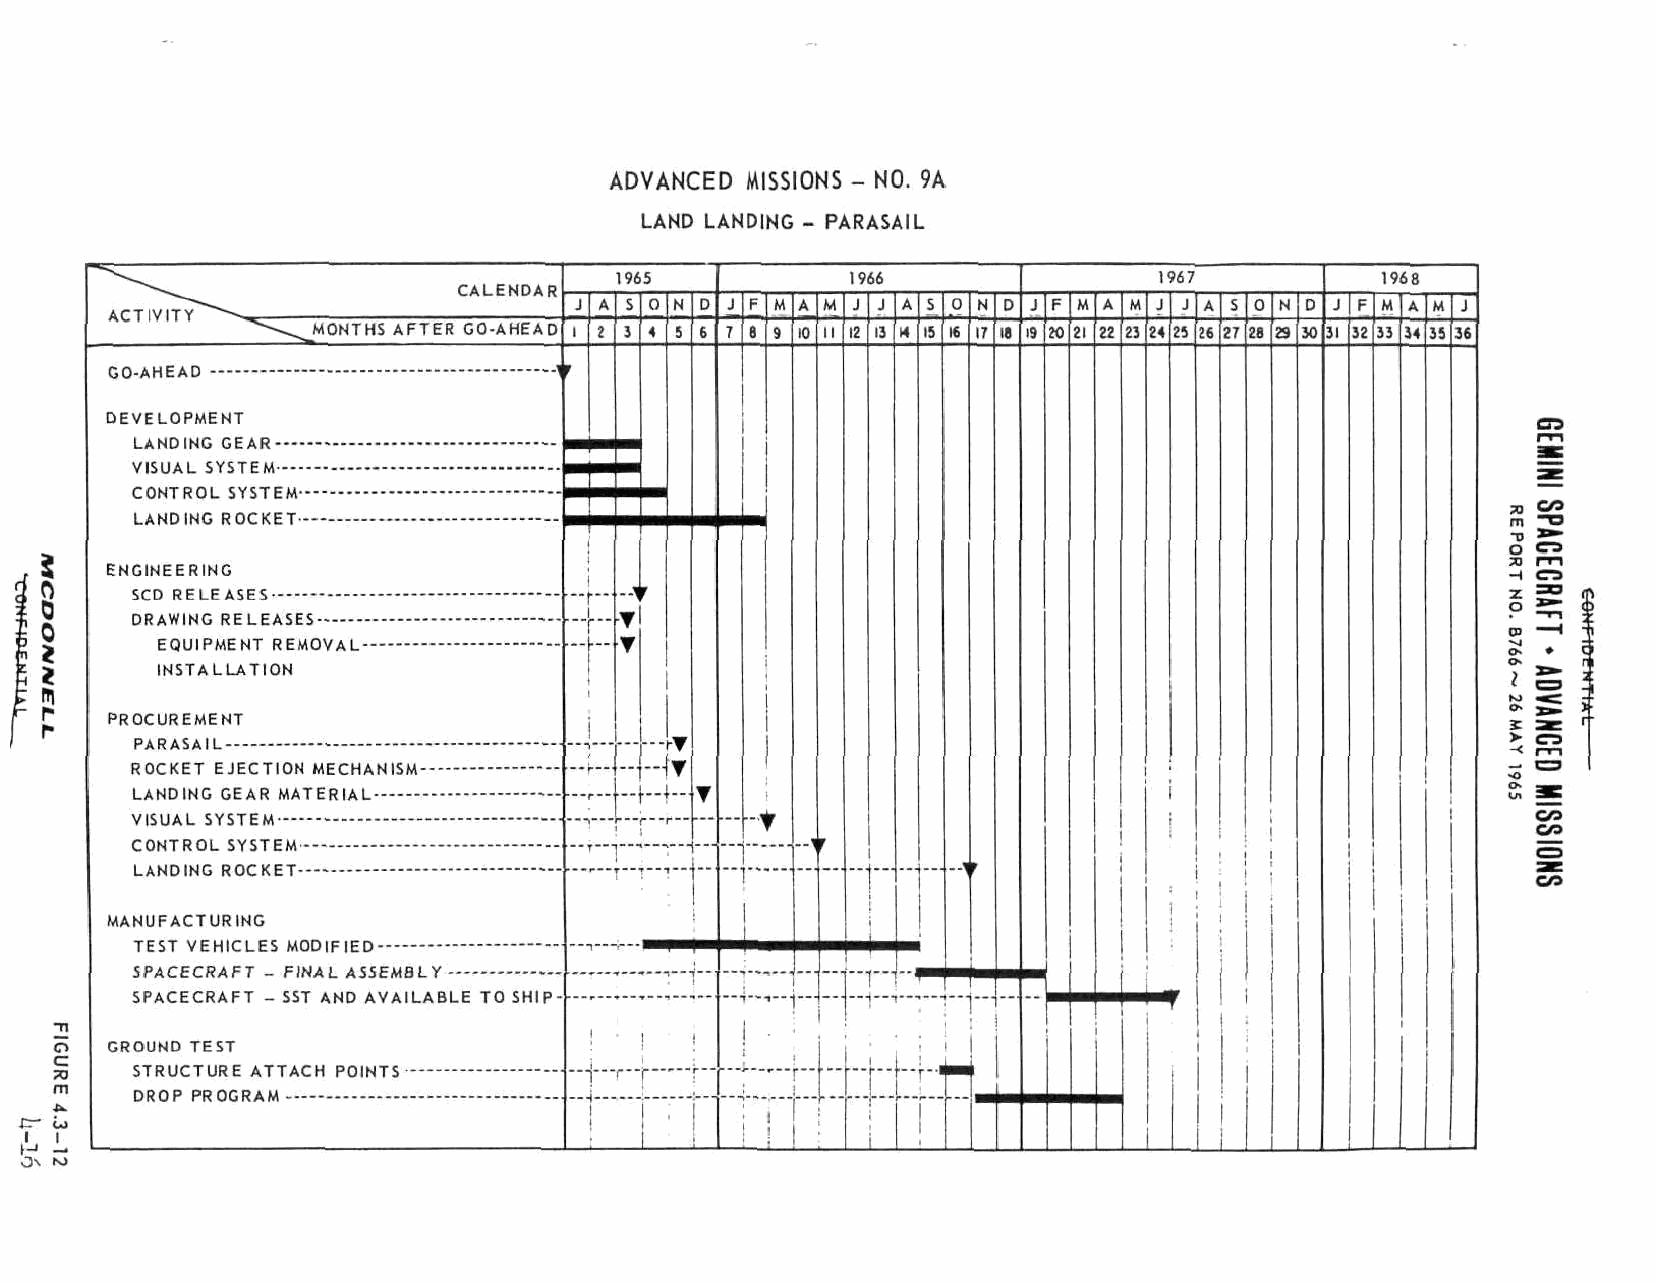
ADVANCED MISSIONS - NO. 9A
 LAND LANDING - PARASAIL
 1965           i 966                1967
 ^^ ~~ -- \\ ^^^^       CCAALLEENNDDAARR
 J A S 0 N D J F M A M J J A 5 0 N D J F M A M J J A S 0 N
 AACCTT IIVVIITTYY^^""--^^
 ^"-^^MONTHS AFTER GO-AHEAD i 2 J • 5 6 7 8 9 .0 II 12 13 " 15 16 17 18 19 20 21 22 23 24 25 26 27 28 29
 rr
 DEVELOPMENT
 VISUAL SYSTEM
 LANDING ROCKET —
 mm
 i
 ENGINEERING
 rr
 *"{•"*'
 i TT
 r-|- —
 TT
 INSTALLATION                 1           i
 PROCUREMENT                     j
 ••
 w
 |T
 ii
 ••
 T
 rr                        !!     11
 rr
 " T "l '""1        1                jj     i I 1
 i i
 !
 i
 j
 I...                        1
 MANUFACTURING                                                             1
 TEST VEHICLES MODIFIED                            mm                    i
 ^^m
 II
 SSPPAACCEECCRRAAFFTT -- SSSSTT AANNDD AAVVAAIILLAABBLLEE TTOO SSHHIIPP--
 "T'
 GGRROOUUNNDD TTEESSTT           !!  II !!              J
 II
 II             ii
 ] *
 !
 •    1 yf"
 1
 •
 .^ *J